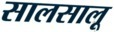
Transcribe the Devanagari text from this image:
सालसालू